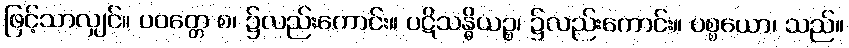
ဖြင့်သာလျှင်။ ပဝတ္တေ စ၊ ၌လည်းကောင်း။ ပဋိသန္ဓိယဉ္စ၊ ၌လည်းကောင်း။ ပစ္စယော၊ သည်။